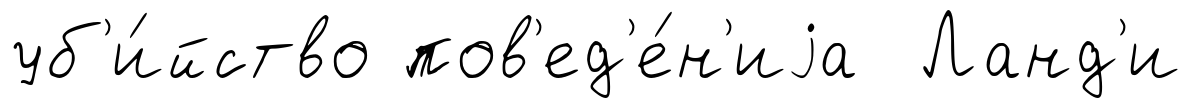
уб'и́йство пов'ед'е́н'иjа Ланд'и